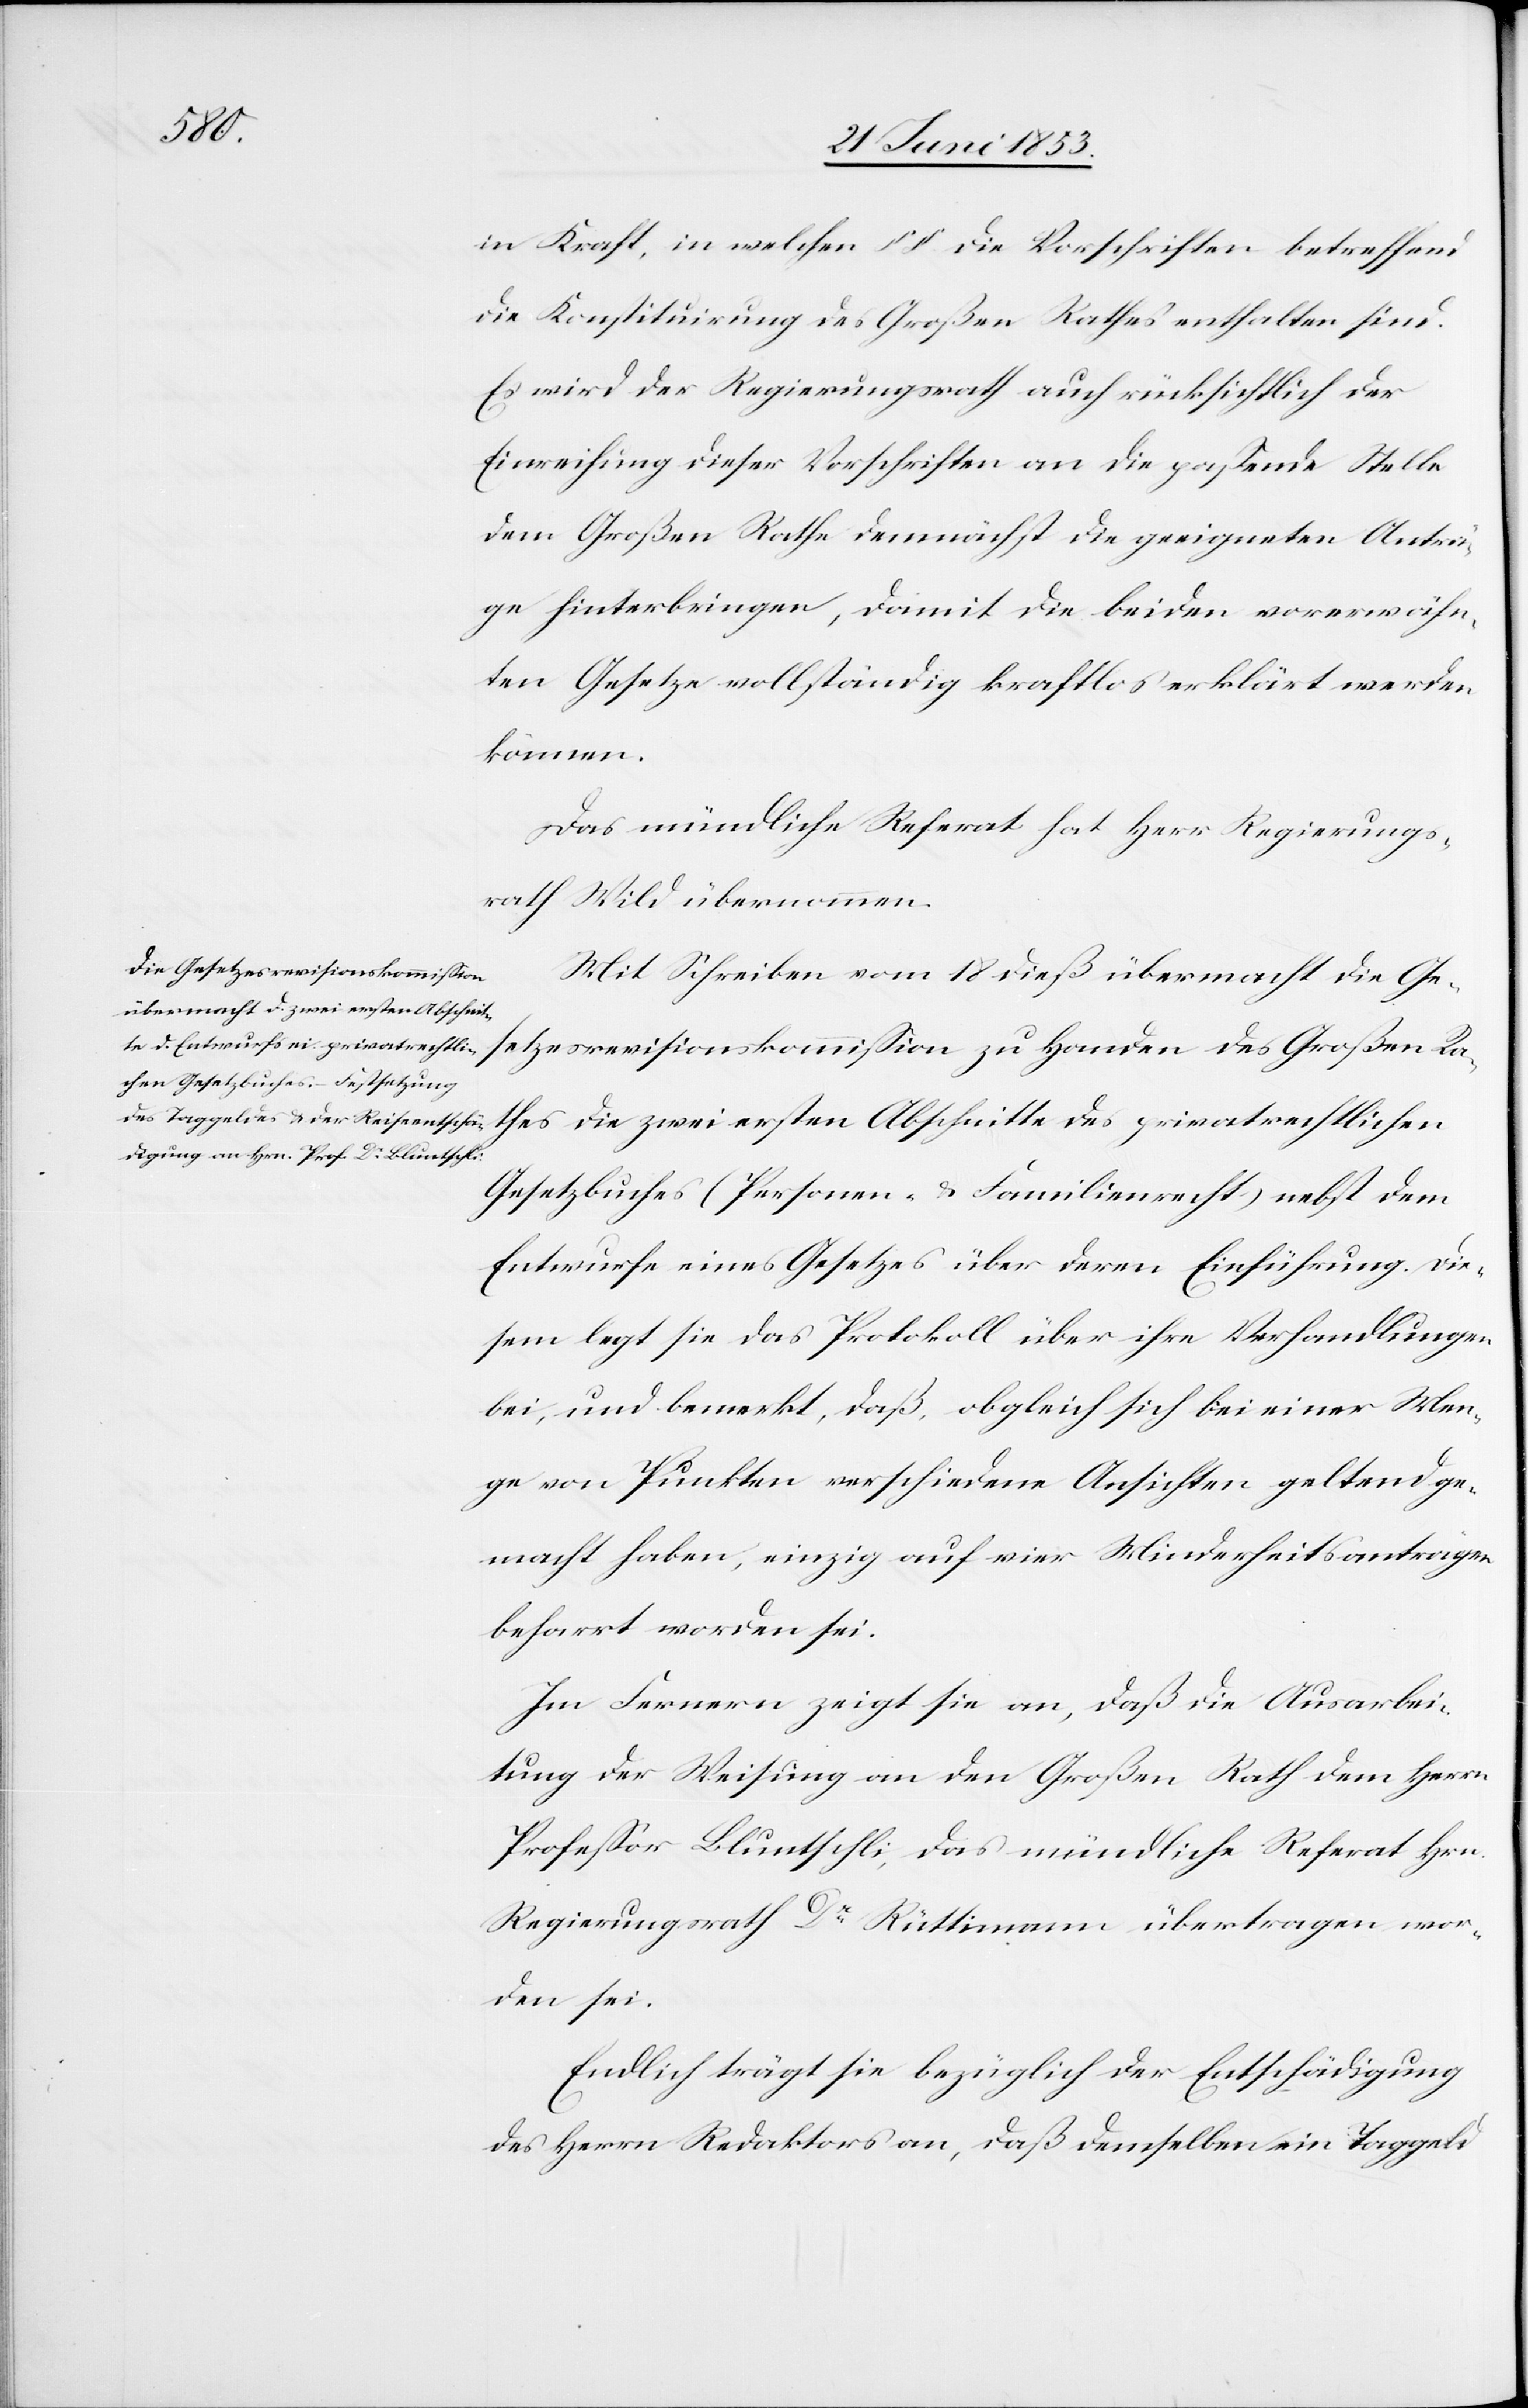
in Kraft, in welchen §§ die Vorschriften betreffend
die Konstituirung des Großen Rathes enthalten sind.
Es wird der Regierungsrath auch rücksichtlich der
Einweihung dieser Vorschriften an die paßende Stelle
dem Großen Rathe demnächst die geeigneten Anträ¬
ge hinterbringen, damit die beiden vorerwähn¬
ten Gesetze vollständig kraftlos erklärt werden
können.
Das mündliche Referat hat Herr Regierungs¬
rath Wild übernommen.
Mit Schreiben vom 18 dieß übermacht die Ge¬
setzesrevisionskommißion zu Handen des Großen Ra¬
thes die zwei ersten Abschnitte des privatrechtlichen
Gesetzesbuches (Personen- u. Familienrecht) nebst dem
Entwurfe eines Gesetzes über deren Einführung. Die¬
sem legt sie das Protokoll über ihre Verhandlungen
bei, und bemerkt, daß, obgleich sich bei einer Men¬
ge von Punkten verschiedene Ansichten geltend ge¬
macht haben, einzig auf vier Minderheitsanträgen
beharrt worden sei.
Im Fernern zeigt sie an, daß die Ausarbei¬
tung der Weisung an den Großen Rath dem Herrn
Profeßor Bluntschli, das mündliche Referat Hrn.
Regierungsrath Dr. Rüttimann übertragen wor¬
den sei.
Endlich trägt sie bezüglich der Entschädigung
des Herrn Redaktors an, daß demselben ein Taggeld